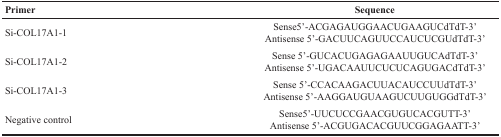
<table><thead><tr><td><b>Primer</b></td><td><b>Sequence</b></td></tr></thead><tbody><tr><td>Si-COL17A1-1</td><td>Sense5’-ACGAGAUGGAACUGAAGUCdTdT-3’Antisense 5’-GACUUCAGUUCCAUCUCGUdTdT-3’</td></tr><tr><td>Si-COL17A1-2</td><td>Sense 5’-GUCACUGAGAGAAUUGUCAdTdT-3’Antisense 5’-UGACAAUUCUCUCAGUGACdTdT-3’</td></tr><tr><td>Si-COL17A1-3</td><td>Sense 5’-CCACAAGACUUACAUCCUUdTdT-3’Antisense 5’-AAGGAUGUAAGUCUUGUGGdTdT-3’</td></tr><tr><td>Negative control</td><td>Sense5’-UUCUCCGAACGUGUCACGUTT-3’Antisense 5’-ACGUGACACGUUCGGAGAATT-3’</td></tr></tbody></table>